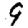
Digit: 9